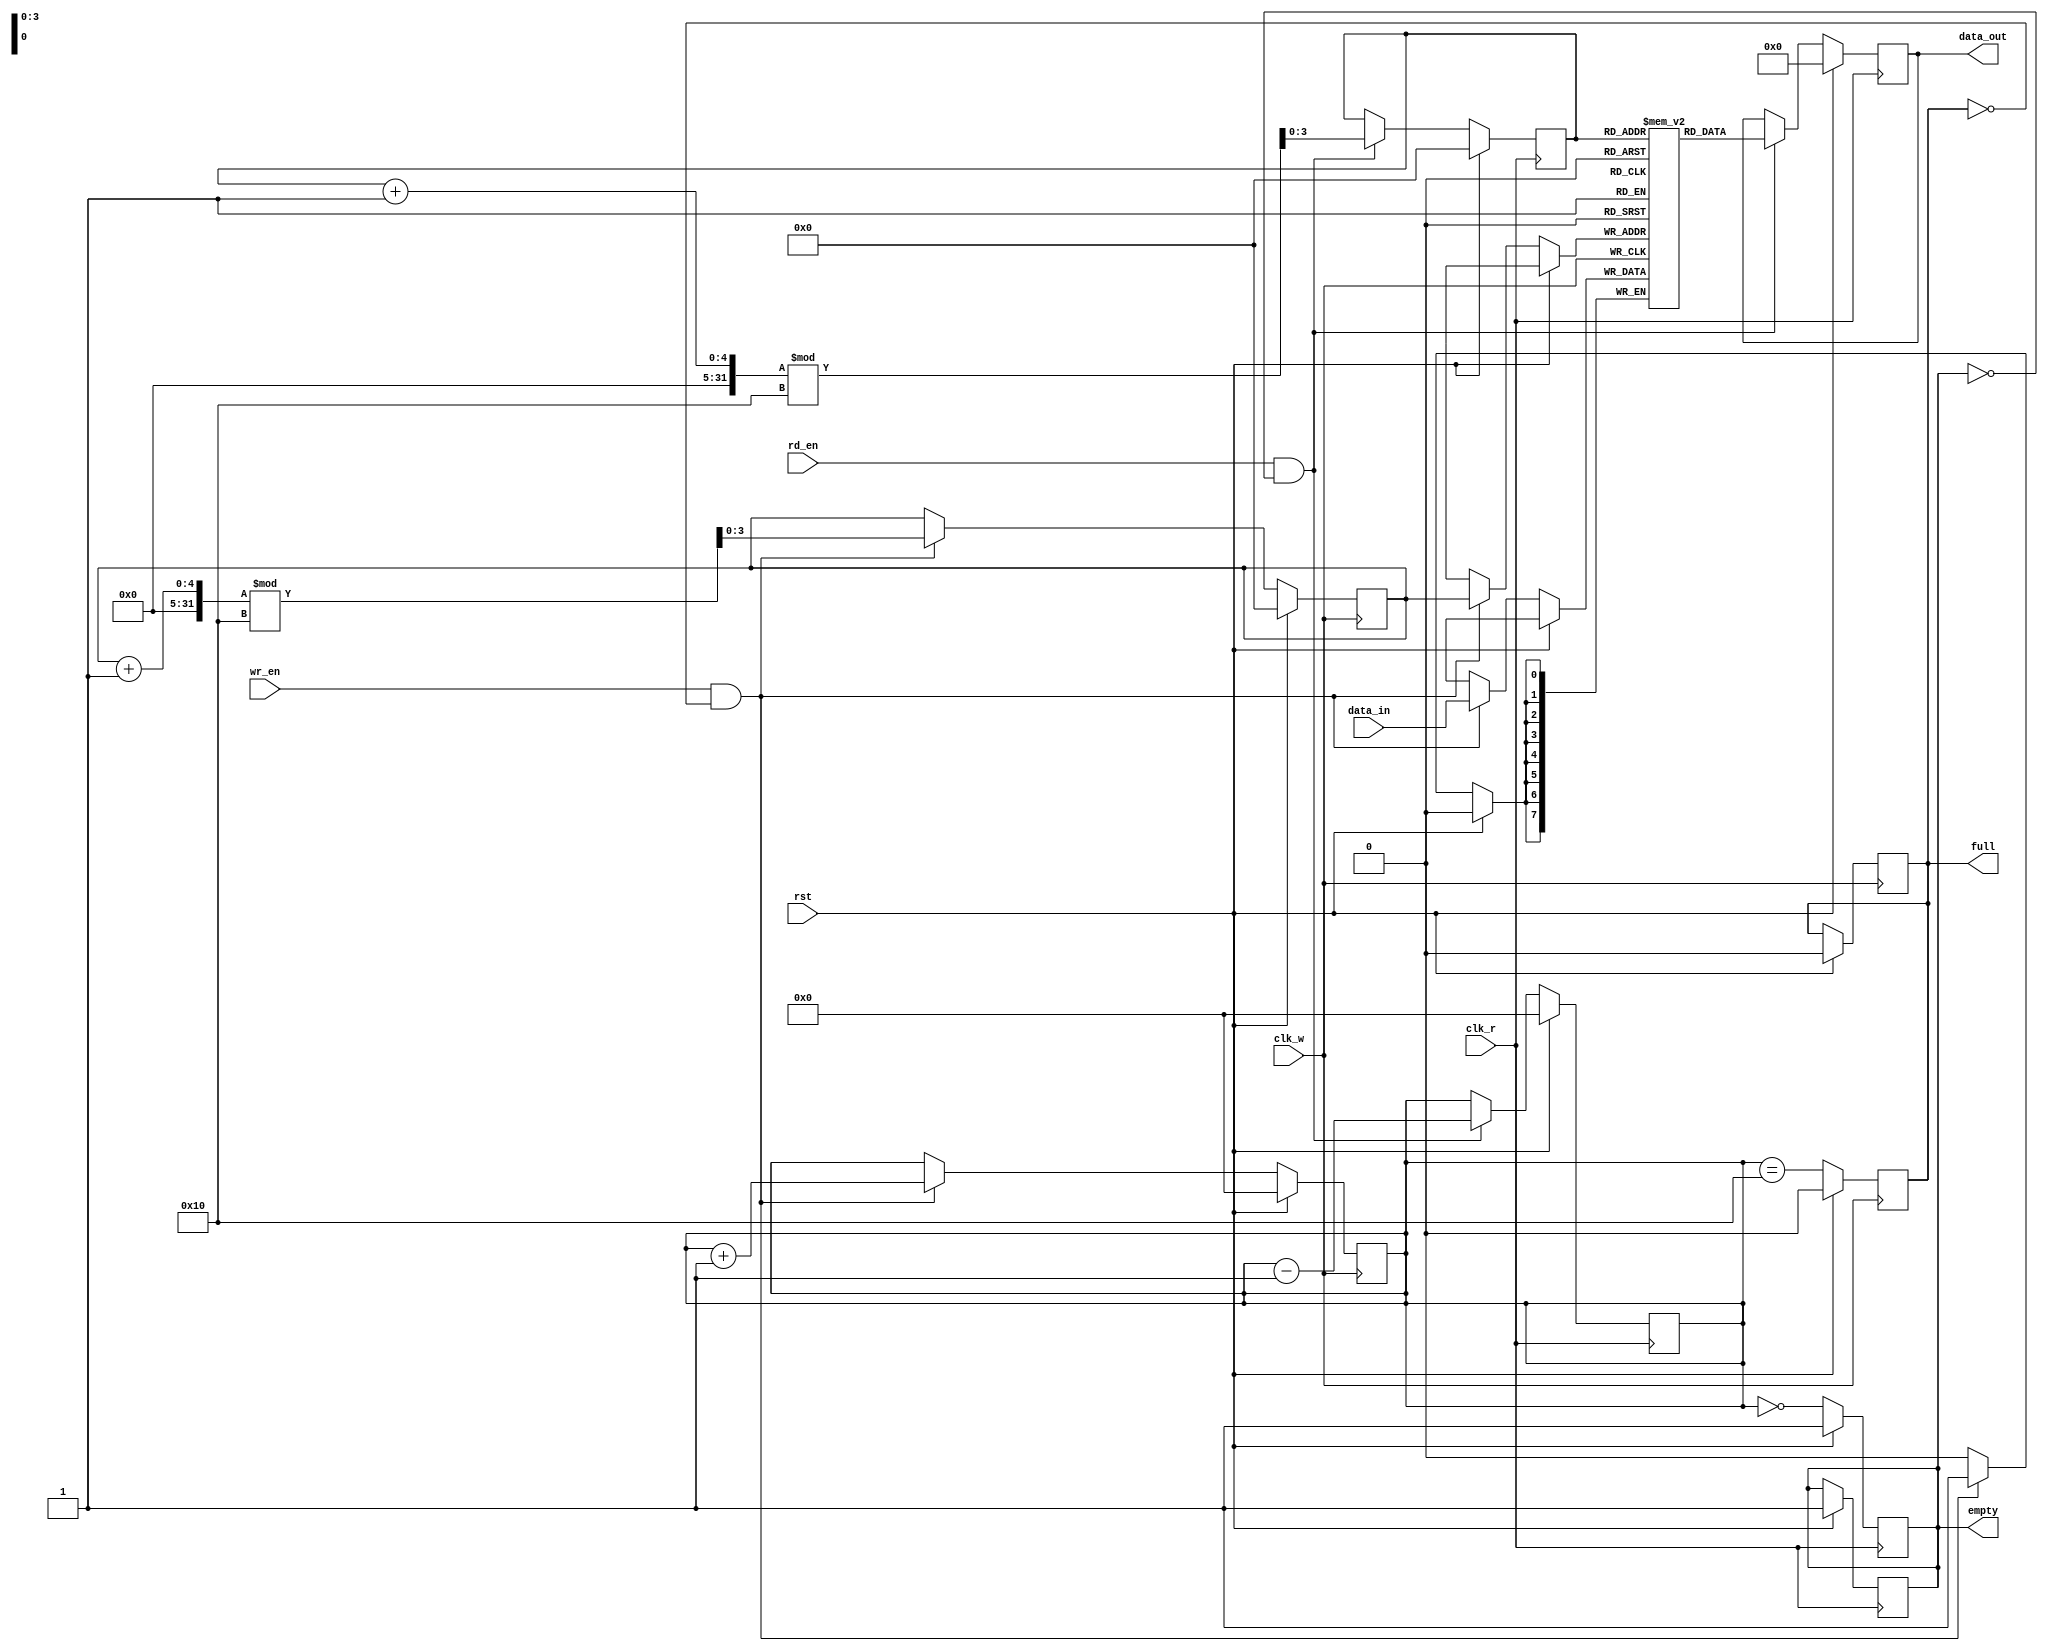
module dual_clock_fifo #(
    parameter DEPTH = 16,    // Number of entries in the FIFO
    parameter WIDTH = 8      // Width of each entry in bits
)(
    input  wire clk_w,       // Write clock
    input  wire clk_r,       // Read clock
    input  wire rst,         // Synchronous reset
    input  wire wr_en,       // Write enable
    input  wire rd_en,       // Read enable
    input  wire [WIDTH-1:0] data_in, // Data input
    output reg [WIDTH-1:0] data_out, // Data output
    output reg full,         // Full flag
    output reg empty         // Empty flag
);

    // Memory array
    reg [WIDTH-1:0] fifo_mem [0:DEPTH-1];

    // Write pointer and read pointer
    reg [clog2(DEPTH)-1:0] wr_ptr;
    reg [clog2(DEPTH)-1:0] rd_ptr;
    reg [clog2(DEPTH):0] count; // Count of entries in FIFO

    // Function to calculate log2
    function integer clog2;
        input integer value;
        begin
            clog2 = 0;
            while (2**clog2 < value) begin
                clog2 = clog2 + 1;
            end
        end
    endfunction

    // Synchronous reset and write operation
    always @(posedge clk_w) begin
        if (rst) begin
            wr_ptr <= 0;
            count <= 0;
            full <= 0;
        end else if (wr_en && !full) begin
            fifo_mem[wr_ptr] <= data_in;
            wr_ptr <= (wr_ptr + 1) % DEPTH;
            count <= count + 1;
        end
    end

    // Update full flag
    always @(posedge clk_w) begin
        if (rst) begin
            full <= 0;
        end else begin
            full <= (count == DEPTH);
        end
    end

    // Synchronous reset and read operation
    always @(posedge clk_r) begin
        if (rst) begin
            rd_ptr <= 0;
            count <= 0;
            empty <= 1;
            data_out <= 0;
        end else if (rd_en && !empty) begin
            data_out <= fifo_mem[rd_ptr];
            rd_ptr <= (rd_ptr + 1) % DEPTH;
            count <= count - 1;
        end
    end

    // Update empty flag
    always @(posedge clk_r) begin
        if (rst) begin
            empty <= 1;
        end else begin
            empty <= (count == 0);
        end
    end

endmodule